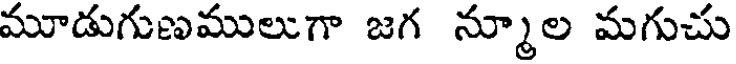
మూడుగుణములుగా జగ న్మూల మగుచు